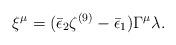
LaTeX: \begin{align*}\xi^\mu = (\bar\epsilon_2 \zeta^{(9)} - \bar\epsilon_1) \Gamma^\mu \lambda.\end{align*}